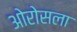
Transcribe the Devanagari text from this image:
ओरोसला